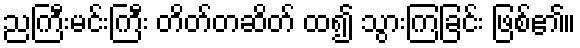
ညကြီးမင်းကြီး တိတ်တဆိတ် ထ၍ သွားကြခြင်း ဖြစ်၏။